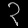
Digit: ၃